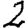
Digit: 2